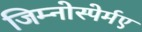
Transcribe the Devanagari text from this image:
जिम्नोस्पेर्मए